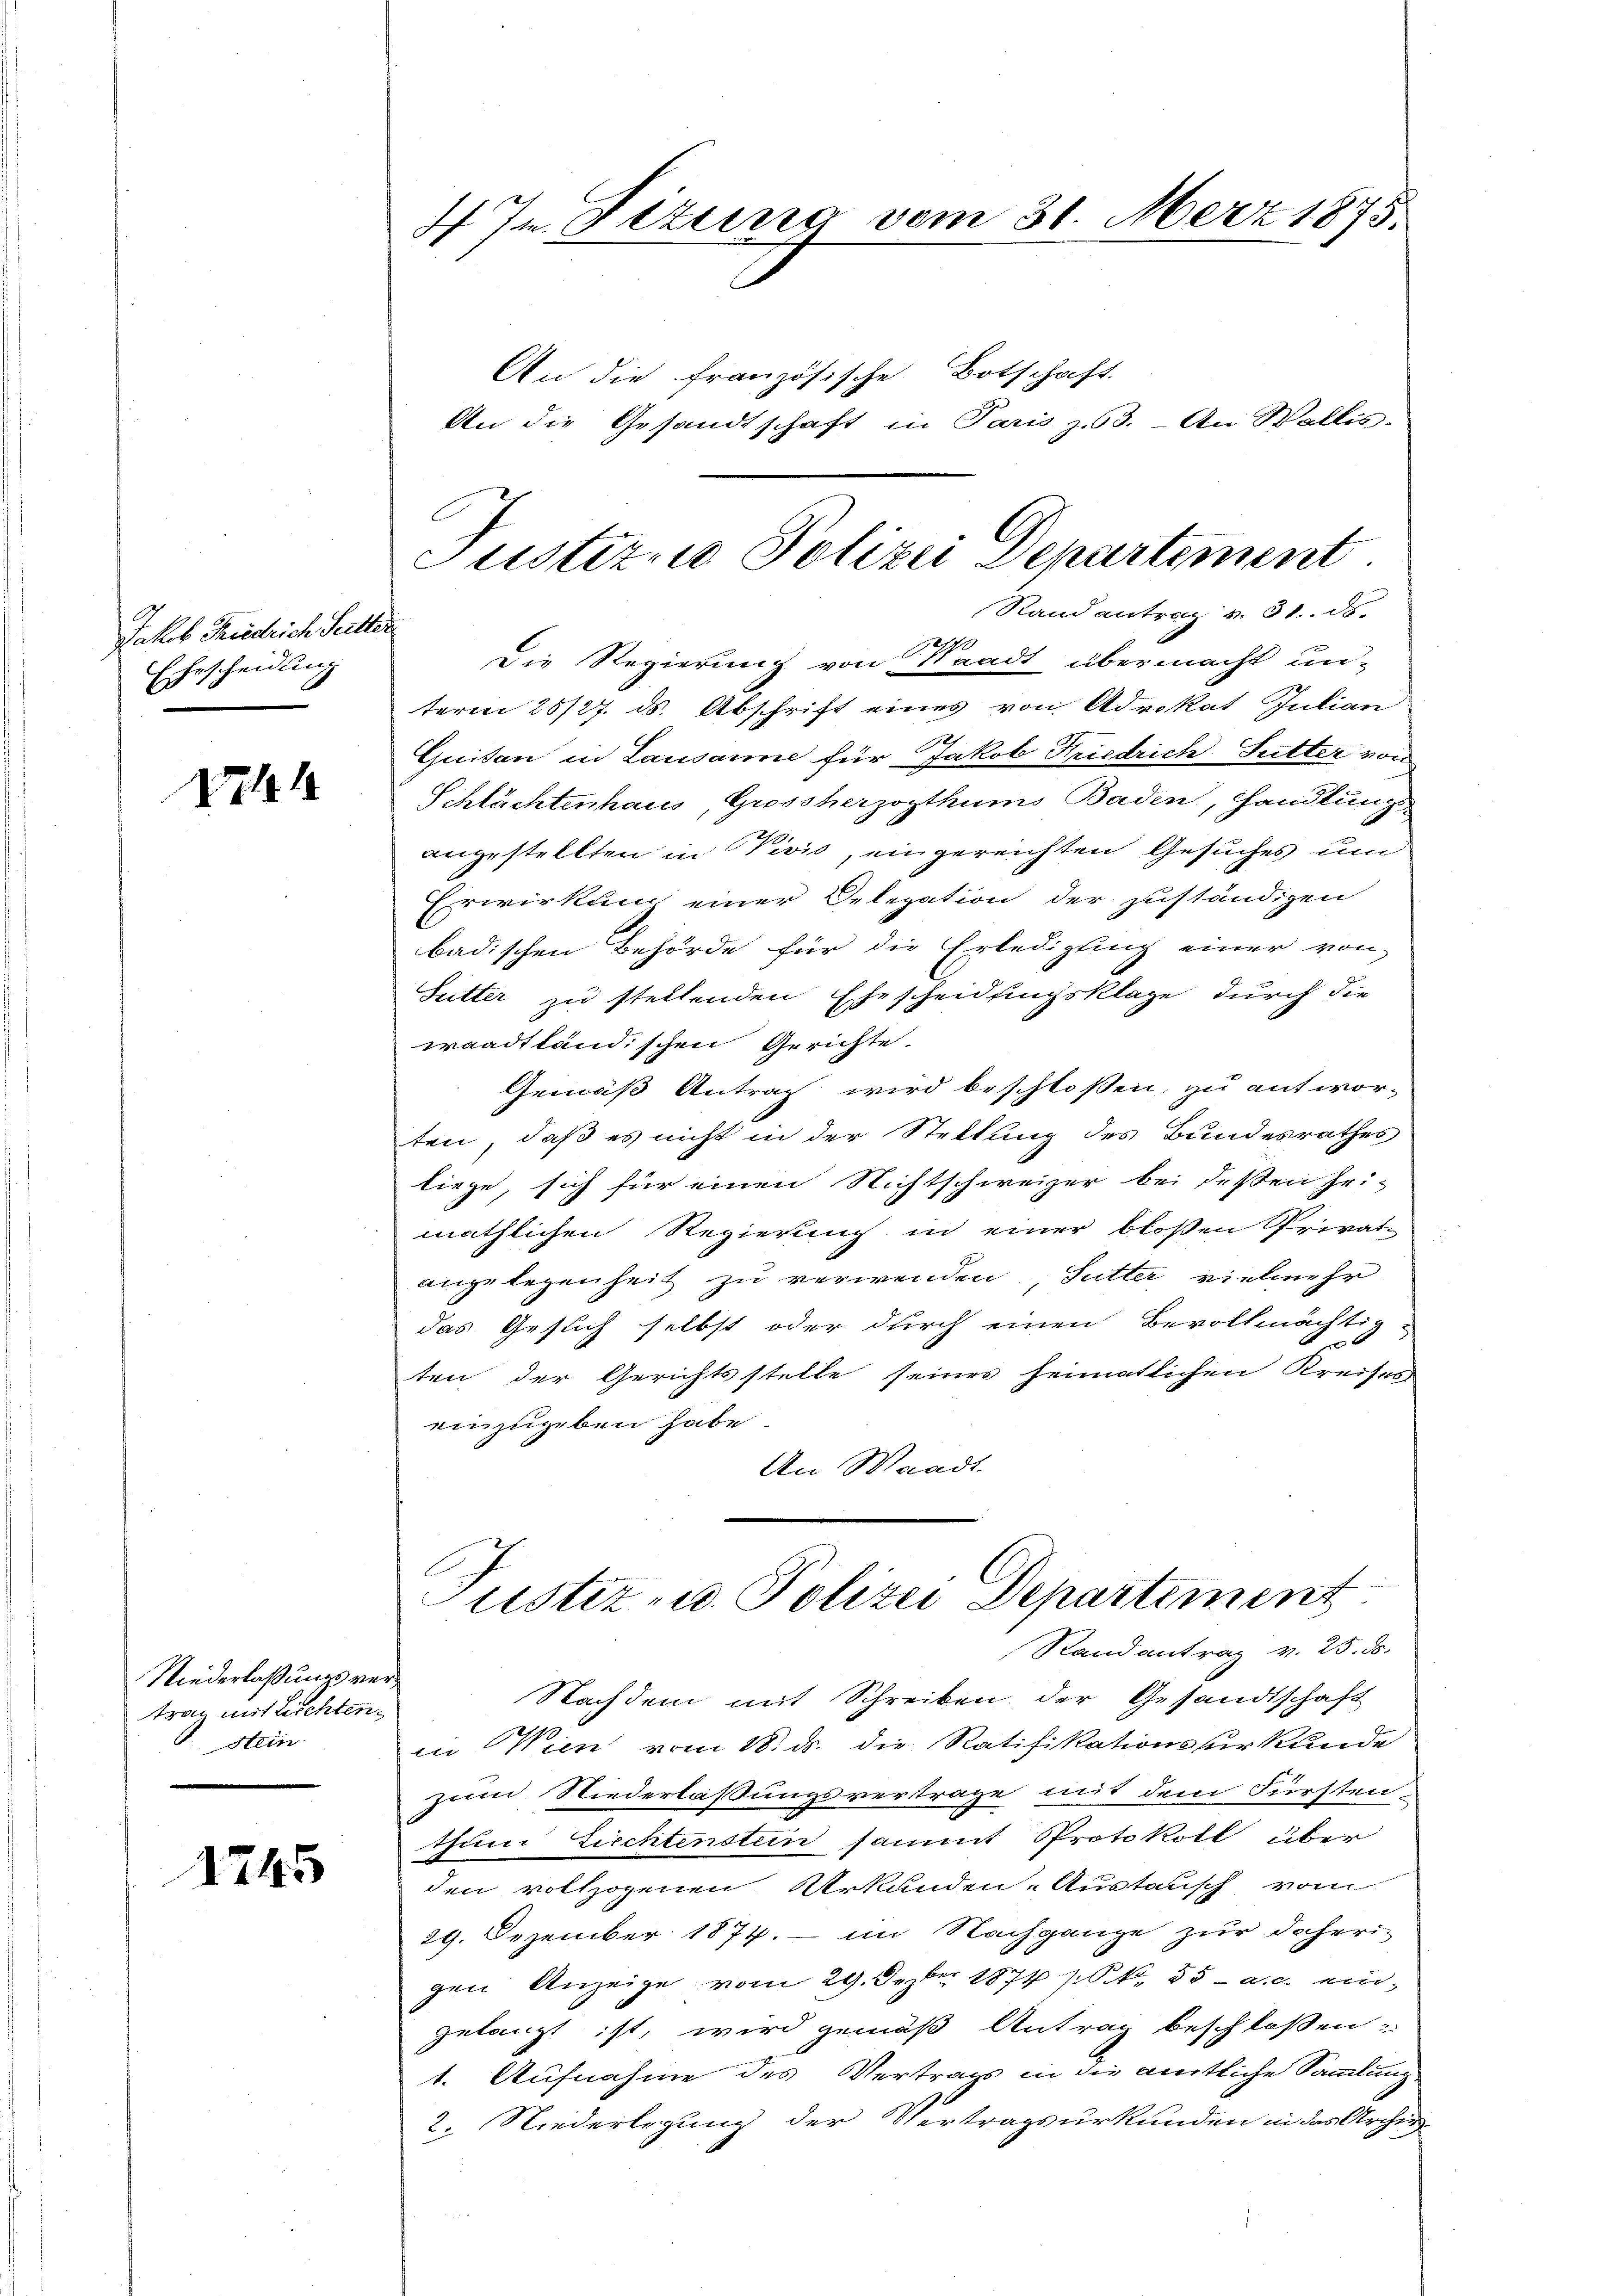
Jakob Friedrich Seite.
Ehescheidung

Vel

Niederlaßungsvertrag mit Lichten¬
Stein

1245

1 Jn Pizuna vom 31. März 1875

An die französische Botschaft
An die Gesandtschaft in Paris z. 63. - An Wallis.
t
1.
Die Regierung von Staadt übermacht un-
term 25/27. ds. Abschrift eines von Advokat Julian
Quisan in Lausanne für Jakob Friedrich Sutter von
Schlächtenhaus, Grossherzogthums Baden, Handlung.
angestellten in Vivis, eingereichten Gesuches um
Erwirkung einer Delegation der zuständigen
badischen Behörde für die Erledigung einer von
Sutter zu stellenden Ehescheidungsklage durch die
waadtländischen Gerichte.
Gemäß Antrag wird beschloßen, zu antworten, daß es nicht in der Stellung des Bundesrathes
liege, sich für einen Nichtschweizer bei dessen hei-
mäthlichen Regierung in einer bloßen Privat-
angelegenheit zu verwenden, Sutter vielmehr
das Gesuch selbst oder durch einen Bevollmächtig-
ten der Gerichtsstelle seines heimatlichen Kreises
einzugeben habe
An Waadt.
Justiz u. Polizei Departement
Rand antrag v. 25. d.
Nachdem mit Schreiben der Gesandtschaft
in Wien vom 18. ds. die Ratifikationsurkunde
zum Niederlassungsvertrage mit dem Fürsten.
thume Ziechtenstein samt Protokoll über
den vollzogenen Urkunden-Austausch vom
29. Dezember 1874. im Nachgange zur daherigen Anzeige vom 29. Dezbr 1874 (S. 35 a.c. eingelangt ist, wird gemäß Antrag beschlossen:
1. Aufnahme des Vertrags in die amtliche Sammlung
2. Niederlegung der Vertragsurkunden in das Archiv

Justizio Polizei Departement.
Stand antrag v. 31. ds.